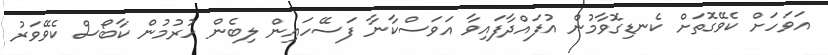
އަވަހަށް ކެވޭގޮތަށް ކެނޑިގޮވާމުން އުފައްދާފައިވާ އަވަސްކާނާ ފަސޭހައިން ލިބެން ހުރުމުން ކާބޯސް ކެވޭވަރު